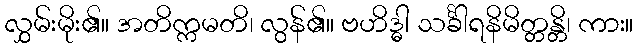
လွှမ်းမိုး၏။ အတိက္ကမတိ၊ လွန်၏။ ဗဟိဒ္ဓါ သင်္ခါရနိမိတ္တန္တိ၊ ကား။